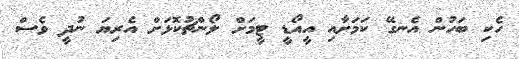
ހެކި ބަހުން އެނގޭ ކަމަށާއި އީއޯޑީ ޓީމަށް ލޯންޗުކޮޅަށް އެރިޔަ ނުދީ ވެސް